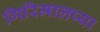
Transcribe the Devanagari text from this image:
गिरिमालप्या